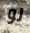
لو